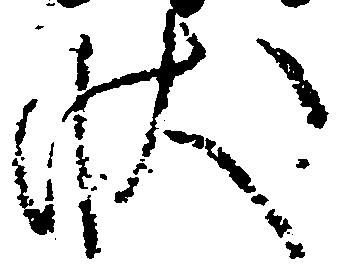
状